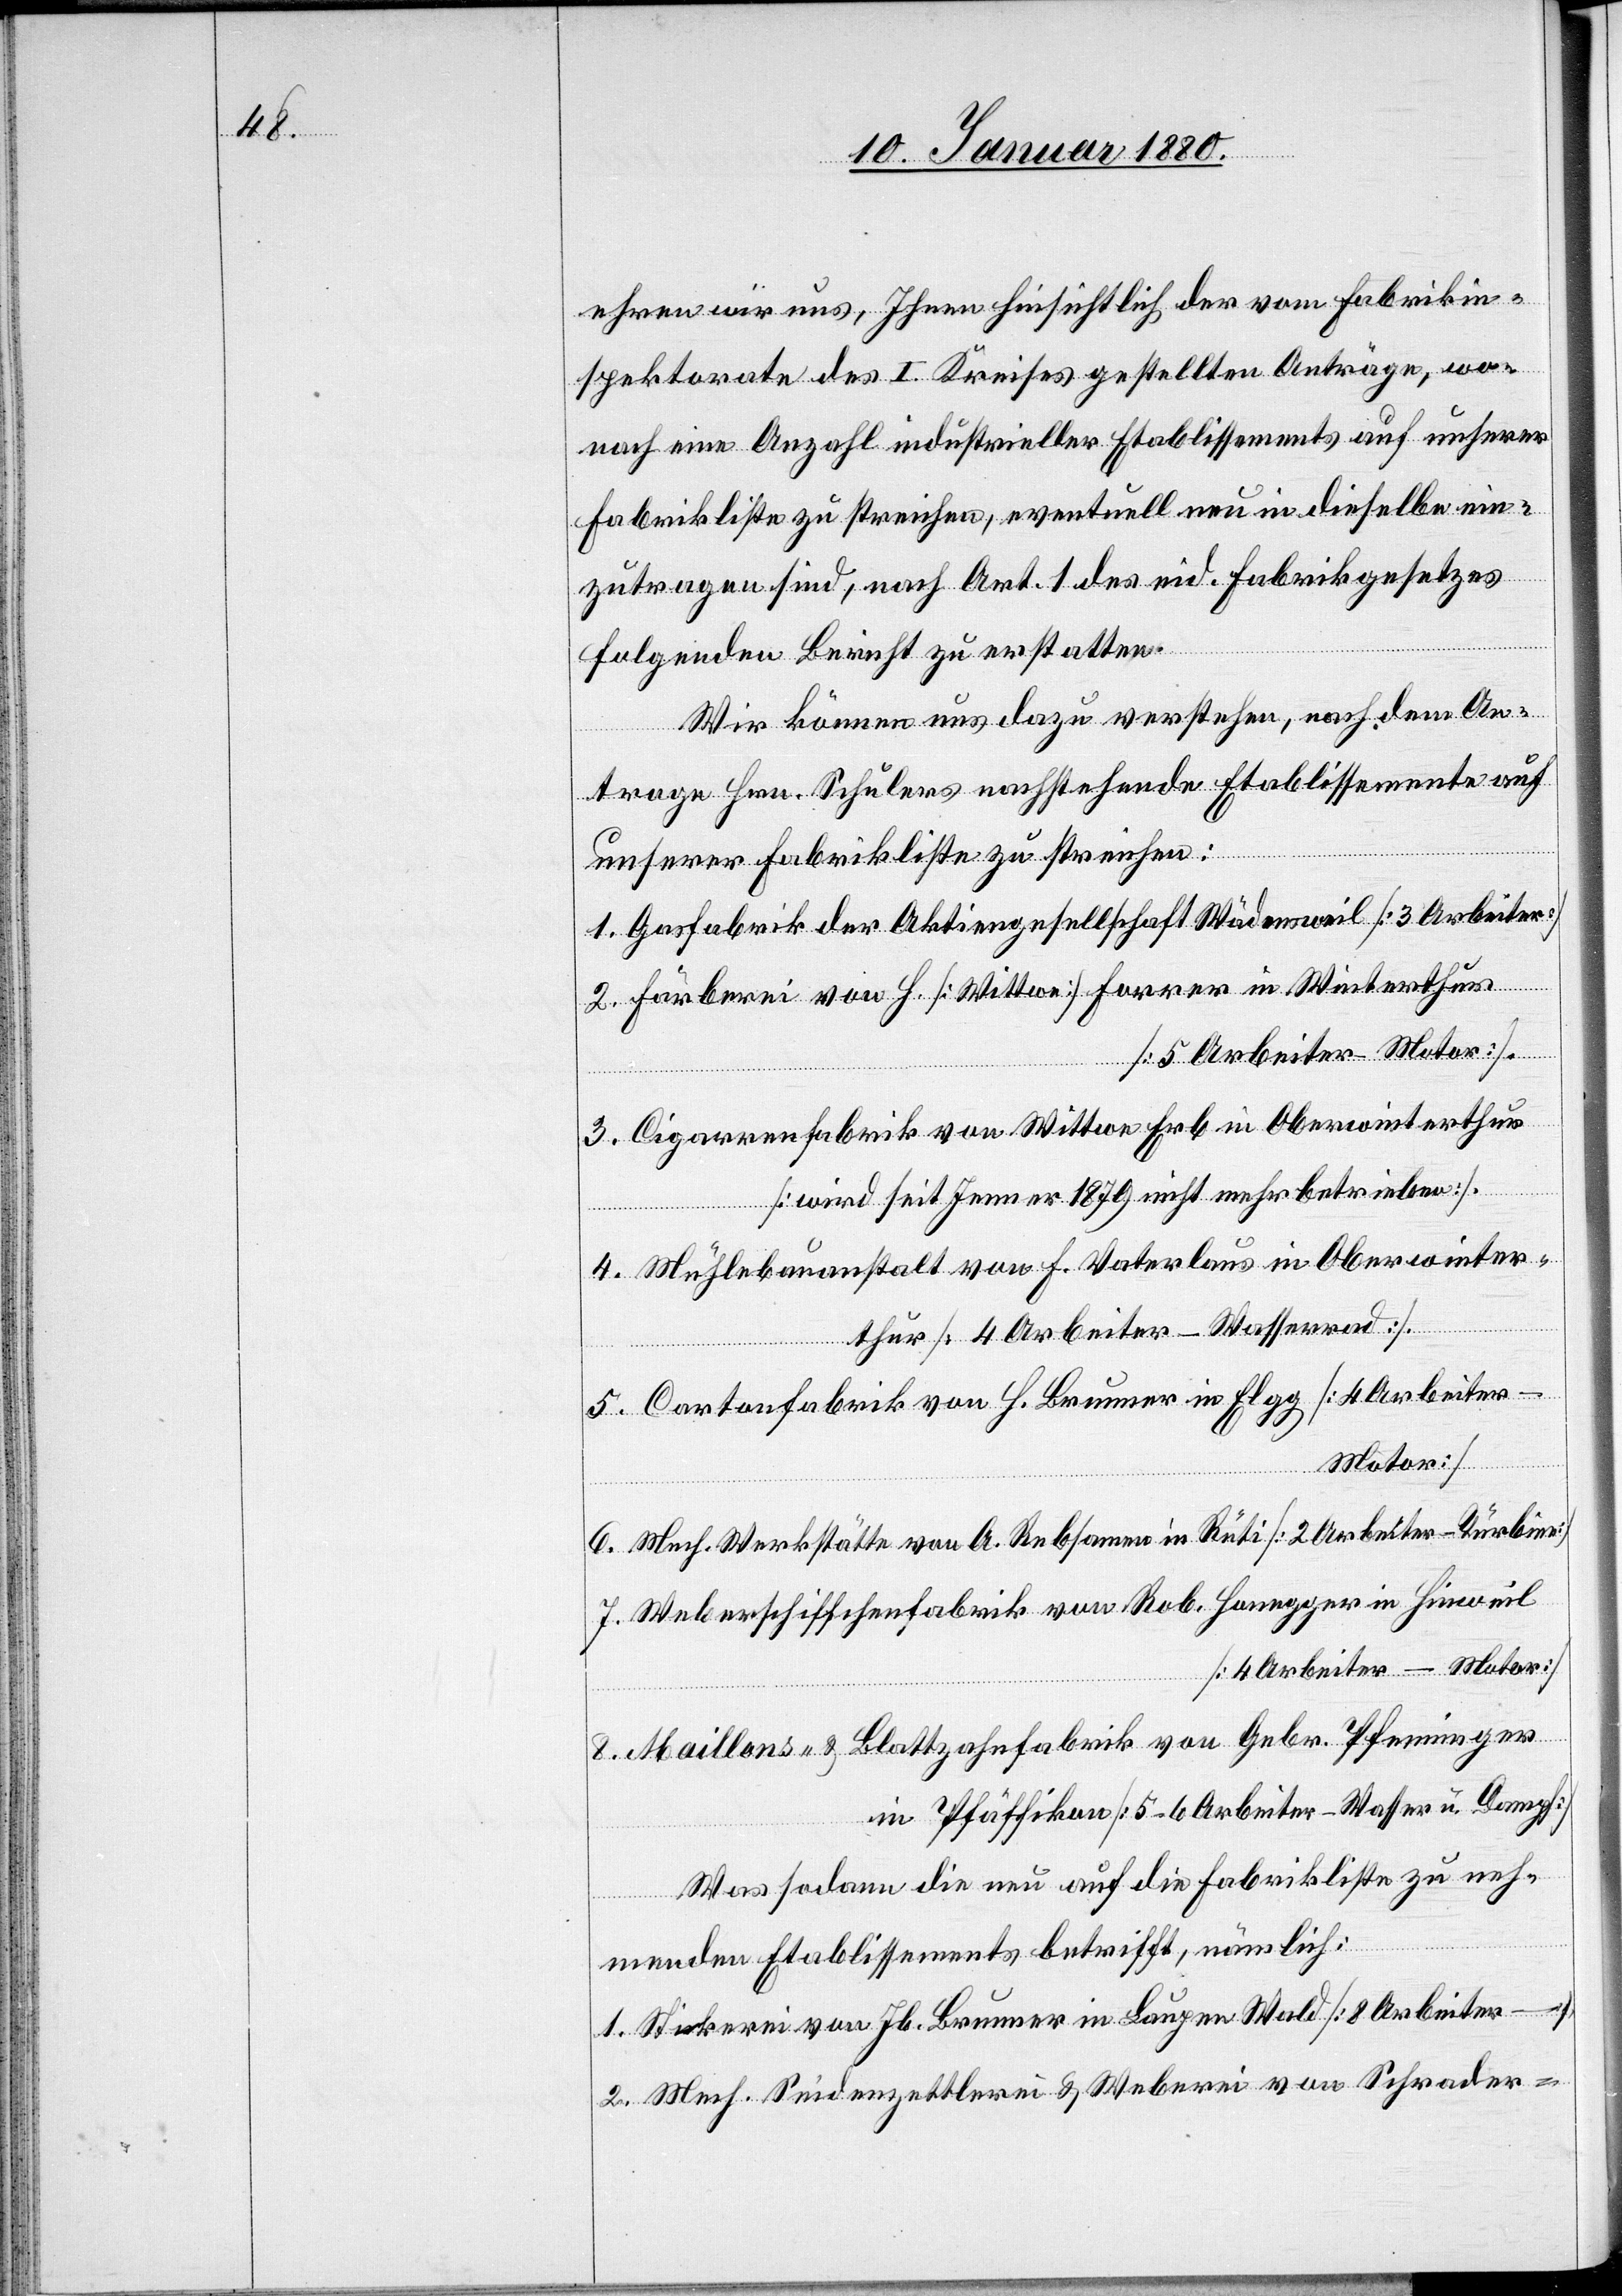
4.

ehren wir uns, Ihnen hinsichtlich der vom Fabrikin¬
spektorate des I. Kreises gestellten Anträge, wo¬
nach eine Anzahl industrieller Etablissements auf unserer
Fabrikliste zu streichen, eventuell neu in dieselbe ein¬
zutragen sind, nach Art. 1 des eid. Fabrikgesetzes
folgenden Bericht zu erstatten.
Wir können uns dazu verstehen, nach dem An¬
trage Hrn. Schulers nachstehende Etablissemente auf
unserer Fabrikliste zu streichen:
Gasfabrik der Aktiengesellschaft Wädensweil [3 Arbeiter]
Färberei von H. [Wittwe] Forrer in Winterthur
[5 Arbeiter - Motor]
Cigarrenfabrik von Wittwe Erb in Oberwinterthur
[wird seit Jenner 1879 nicht mehr betrieben].
Mühlebauanstalt von F. Vaterlaus in Oberwinter¬
thur [4 Arbeiter - Wasserrad].
Cartonfabrik von H. Brunner in Elgg [4 Arbeiter -
Motor].
Mech. Werkstätte von A. Rebsamen in Rüti [2 Arbeiter - Turbine]
Weberschiffchenfabrik von Rob. Honegger in Hinweil
[4 Arbeiter - Motor]
8.
Maillons- & Blattzahnfabrik von Gebr. Pfenninger
in Pfäffikon [5–6 Arbeiter - Wasser u. Dampf]
Was sodann die neu auf die Fabrikliste zu neh¬
menden Etablissements betrifft, nämlich:
Stickerei von Jb. Brunner in Laupen Wald [8 Arbeiter –]
Mech. Seidenzettlerei & Weberei von Schrader-